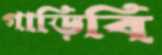
গাড়িবি